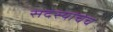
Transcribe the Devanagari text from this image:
सदस्यांचेच